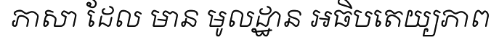
ភាសា ដែល មាន មូលដ្ឋាន អធិបតេយ្យភាព